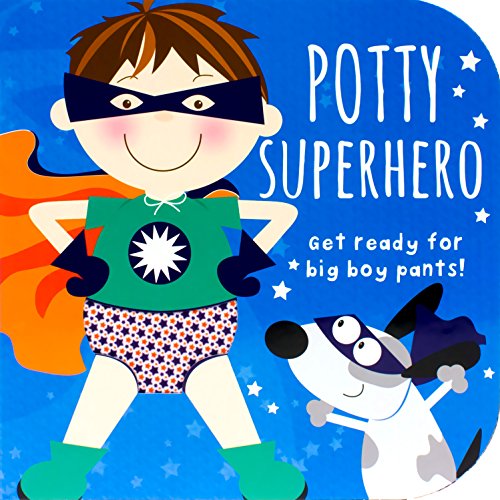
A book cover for Potty Superhero: Get ready for big boy pants! (Potty Book); Parragon Books; Parenting & Relationships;